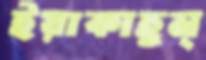
ইয়াকাহুন্